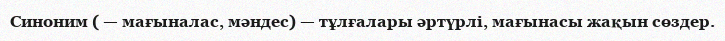
Синоним ( — мағыналас, мәндес) — тұлғалары әртүрлі, мағынасы жақын сөздер.